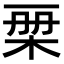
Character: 𣑨